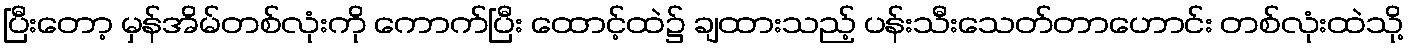
ပြီးတော့ မှန်အိမ်တစ်လုံးကို ကောက်ပြီး ထောင့်ထဲ၌ ချထားသည့် ပန်းသီးသေတ်တာဟောင်း တစ်လုံးထဲသို့